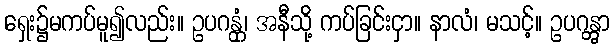
ရှေး၌မကပ်မူ၍လည်း။ ဥပဂန္တုံ၊ အနီသို့ ကပ်ခြင်းငှာ။ နာလံ၊ မသင့်။ ဥပဂန္တွာ